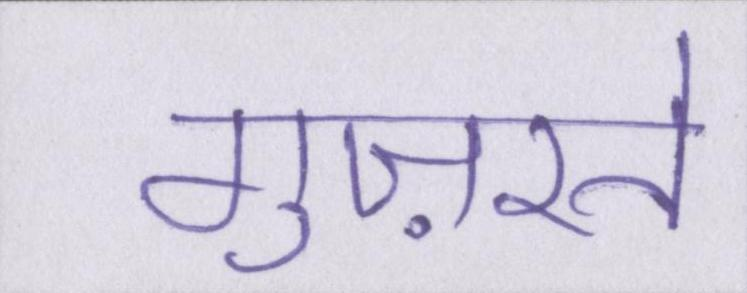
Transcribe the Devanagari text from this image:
गुज़रते